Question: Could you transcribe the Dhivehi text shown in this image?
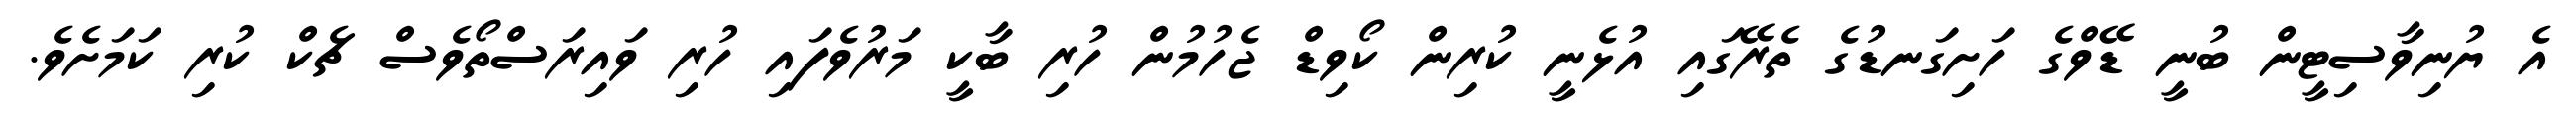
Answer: އެ ޔުނިވާސިޓީން ބުނީ ޑޭވްގެ ހަށިގަނޑުގެ ތެރޭގައި އުޅެނީ ކުރިން ކޯވިޑް ޖެހުމުން ހުރި ބާކީ މަރުވެފައި ހުރި ވައިރަސްތޯވެސް ޗެކް ކުރި ކަމަށެވެ.